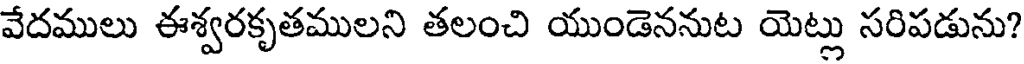
వేదములు ఈశ్వరకృతములని తలంచి యుండెననుట యెట్లు సరిపడును?